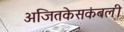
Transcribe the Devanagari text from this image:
अजितकेसकंबली